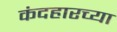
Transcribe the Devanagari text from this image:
कंदहारच्या